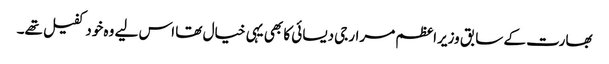
بھارت کے سابق وزیراعظم مرارجی دیسائی کا بھی یہی خیال تھا اس لیے وہ خود کفیل تھے۔